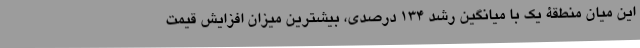
این میان منطقۀ یک با میانگین رشد ۱۳۴ درصدی، بیشترین میزان افزایش قیمت